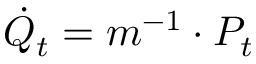
\dot { Q } _ { t } = m ^ { - 1 } \cdot P _ { t }